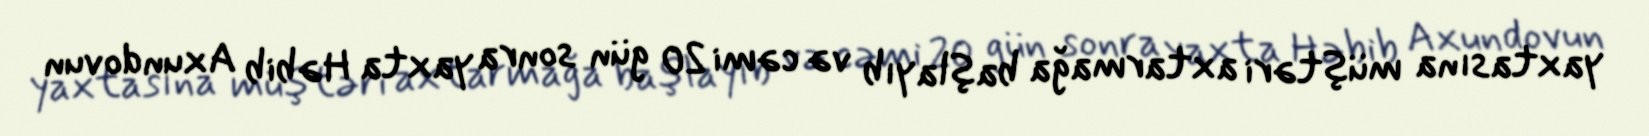
yaxtasına müştəri axtarmağa başlayıb və cəmi 20 gün sonra yaxta Həbib Axundovun